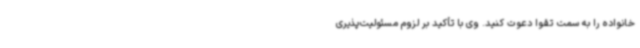
خانواده را به سمت تقوا دعوت کنید. وی با تأکید بر لزوم مسئولیت‌پذیری